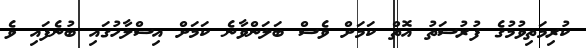
ކުރިމަތިވުމުގެ ފުރުސަތު އޮތް ކަމަށް ވެސް ބަލަންވާނެ ކަމަށް އިސްލާހުގައި ބުނެފައި ވެ